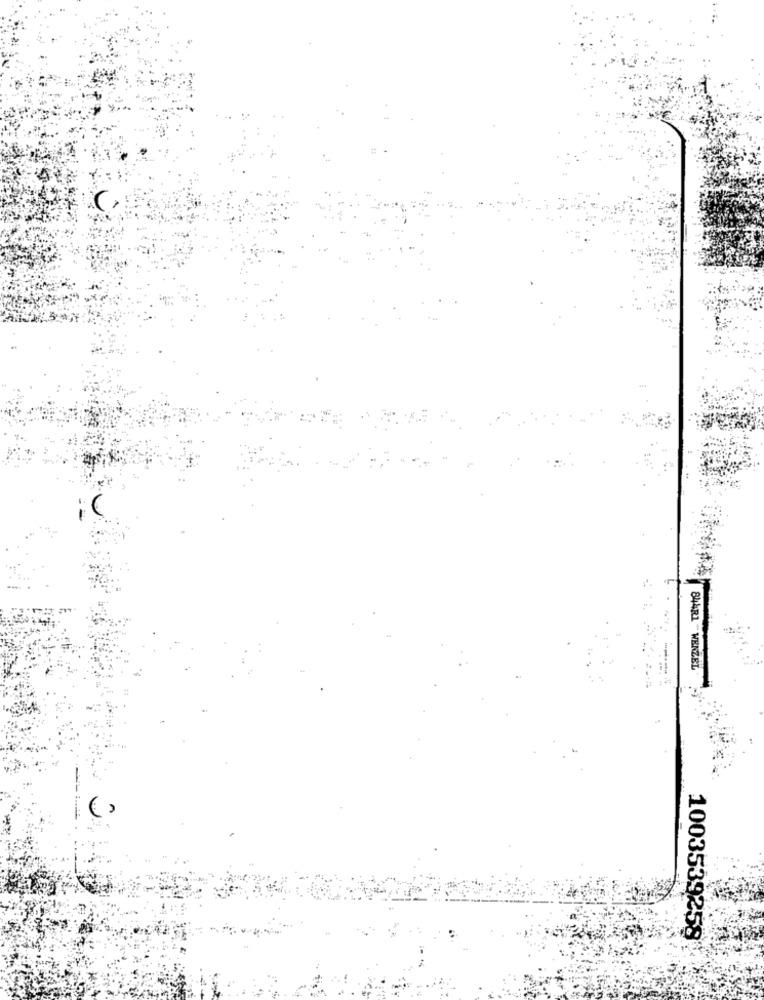
844R1 - WENZEL
1003539258